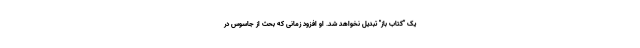
یک "کتاب باز" تبدیل نخواهد شد. او افزود زمانی که بحث از جاسوس در